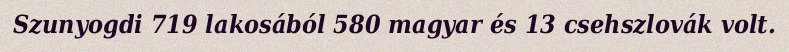
Szunyogdi 719 lakosából 580 magyar és 13 csehszlovák volt.